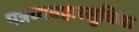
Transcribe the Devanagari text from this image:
पत्रव्यवहारसुविधा